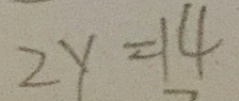
2 y = 1 4